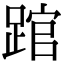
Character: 䠉